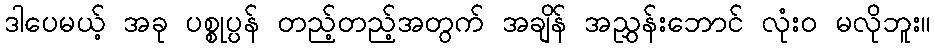
ဒါပေမယ့် အခု ပစ္စုပ္ပန် တည့်တည့်အတွက် အချိန် အညွှန်းဘောင် လုံးဝ မလိုဘူး။